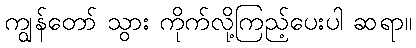
ကျွန်တော် သွား ကိုက်လို့ကြည့်ပေးပါ ဆရာ။